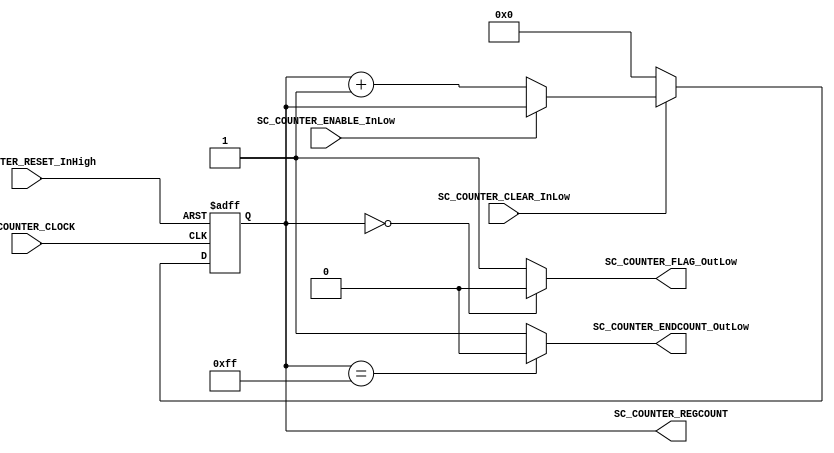
//****************************************
// Code taken from book: FPGA PROTOTYPING BY VERILOG EXAMPLES - Pong P. Chu
// Adapted by: Jhoan Esteban Len - je.leon.e@outlook.com
//****************************************

//=======================================================
//  MODULE Definition
//=======================================================

module SC_COUNTER #(parameter N = 8, parameter flag = 0) // N is the amount of bit for count, maximun number of flag and count is 2^(N)-1
(

	//////////// INPUTS //////////
	input wire SC_COUNTER_CLOCK,
	input wire SC_COUNTER_RESET_InHigh,
	
	input wire SC_COUNTER_ENABLE_InLow, // if this signal is low the counter works
	input wire SC_COUNTER_CLEAR_InLow, // signal to clear the count
	
	//////////// OUTPUTS ////////// 
	output wire [N-1:0] SC_COUNTER_REGCOUNT, //Output bus for count
	output wire SC_COUNTER_FLAG_OutLow, //Output flag InLow for specific number of count
	output wire SC_COUNTER_ENDCOUNT_OutLow // output flag InLow for end of total count
	
);

//=======================================================
//  PARAMETER declarations
//=======================================================

//=======================================================
//  PORT declarations
//=======================================================

//=======================================================
//  REG/WIRE declarations
//=======================================================

reg [N-1:0] R_Register = 0; //Registers for sequential part of counter
reg [N-1:0] R_Next = 0;

//=======================================================
//  STRUCTURAL coding
//=======================================================

//INPUT LOGIC: COMBINATIONAL
always @(*)
begin
	if (SC_COUNTER_CLEAR_InLow == 1'b0)
		R_Next = 0;
	else if (SC_COUNTER_ENABLE_InLow == 1'b0)
		R_Next = R_Register + 1'b1; 
	else
		R_Next = R_Register;
end


//STATE REGISTER: SEQUENTIAL
always @(posedge SC_COUNTER_CLOCK, posedge SC_COUNTER_RESET_InHigh)
	if (SC_COUNTER_RESET_InHigh == 1'b1)
		R_Register <= 0; // reset to zero
	else
		R_Register <= R_Next;


//OUTPUT LOGIC: COMBINATIONAL
assign SC_COUNTER_REGCOUNT = R_Register;
assign SC_COUNTER_FLAG_OutLow = (R_Register == flag) ? 1'b0 : 1'b1;
assign SC_COUNTER_ENDCOUNT_OutLow = (R_Register == 2**N - 1) ? 1'b0 : 1'b1;

endmodule